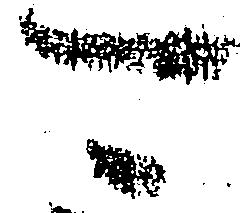
可